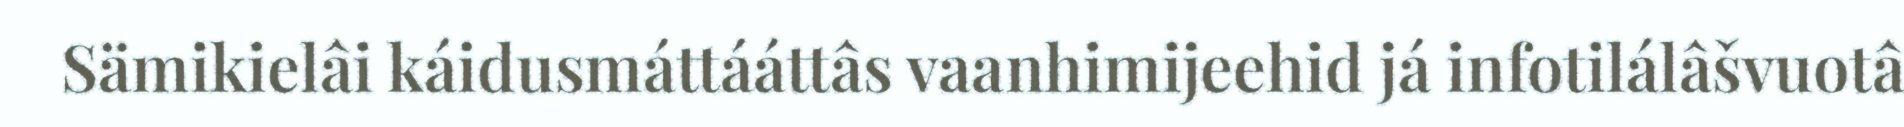
Sämikielâi káidusmáttááttâs vaanhimijeehid já infotilálâšvuotâ